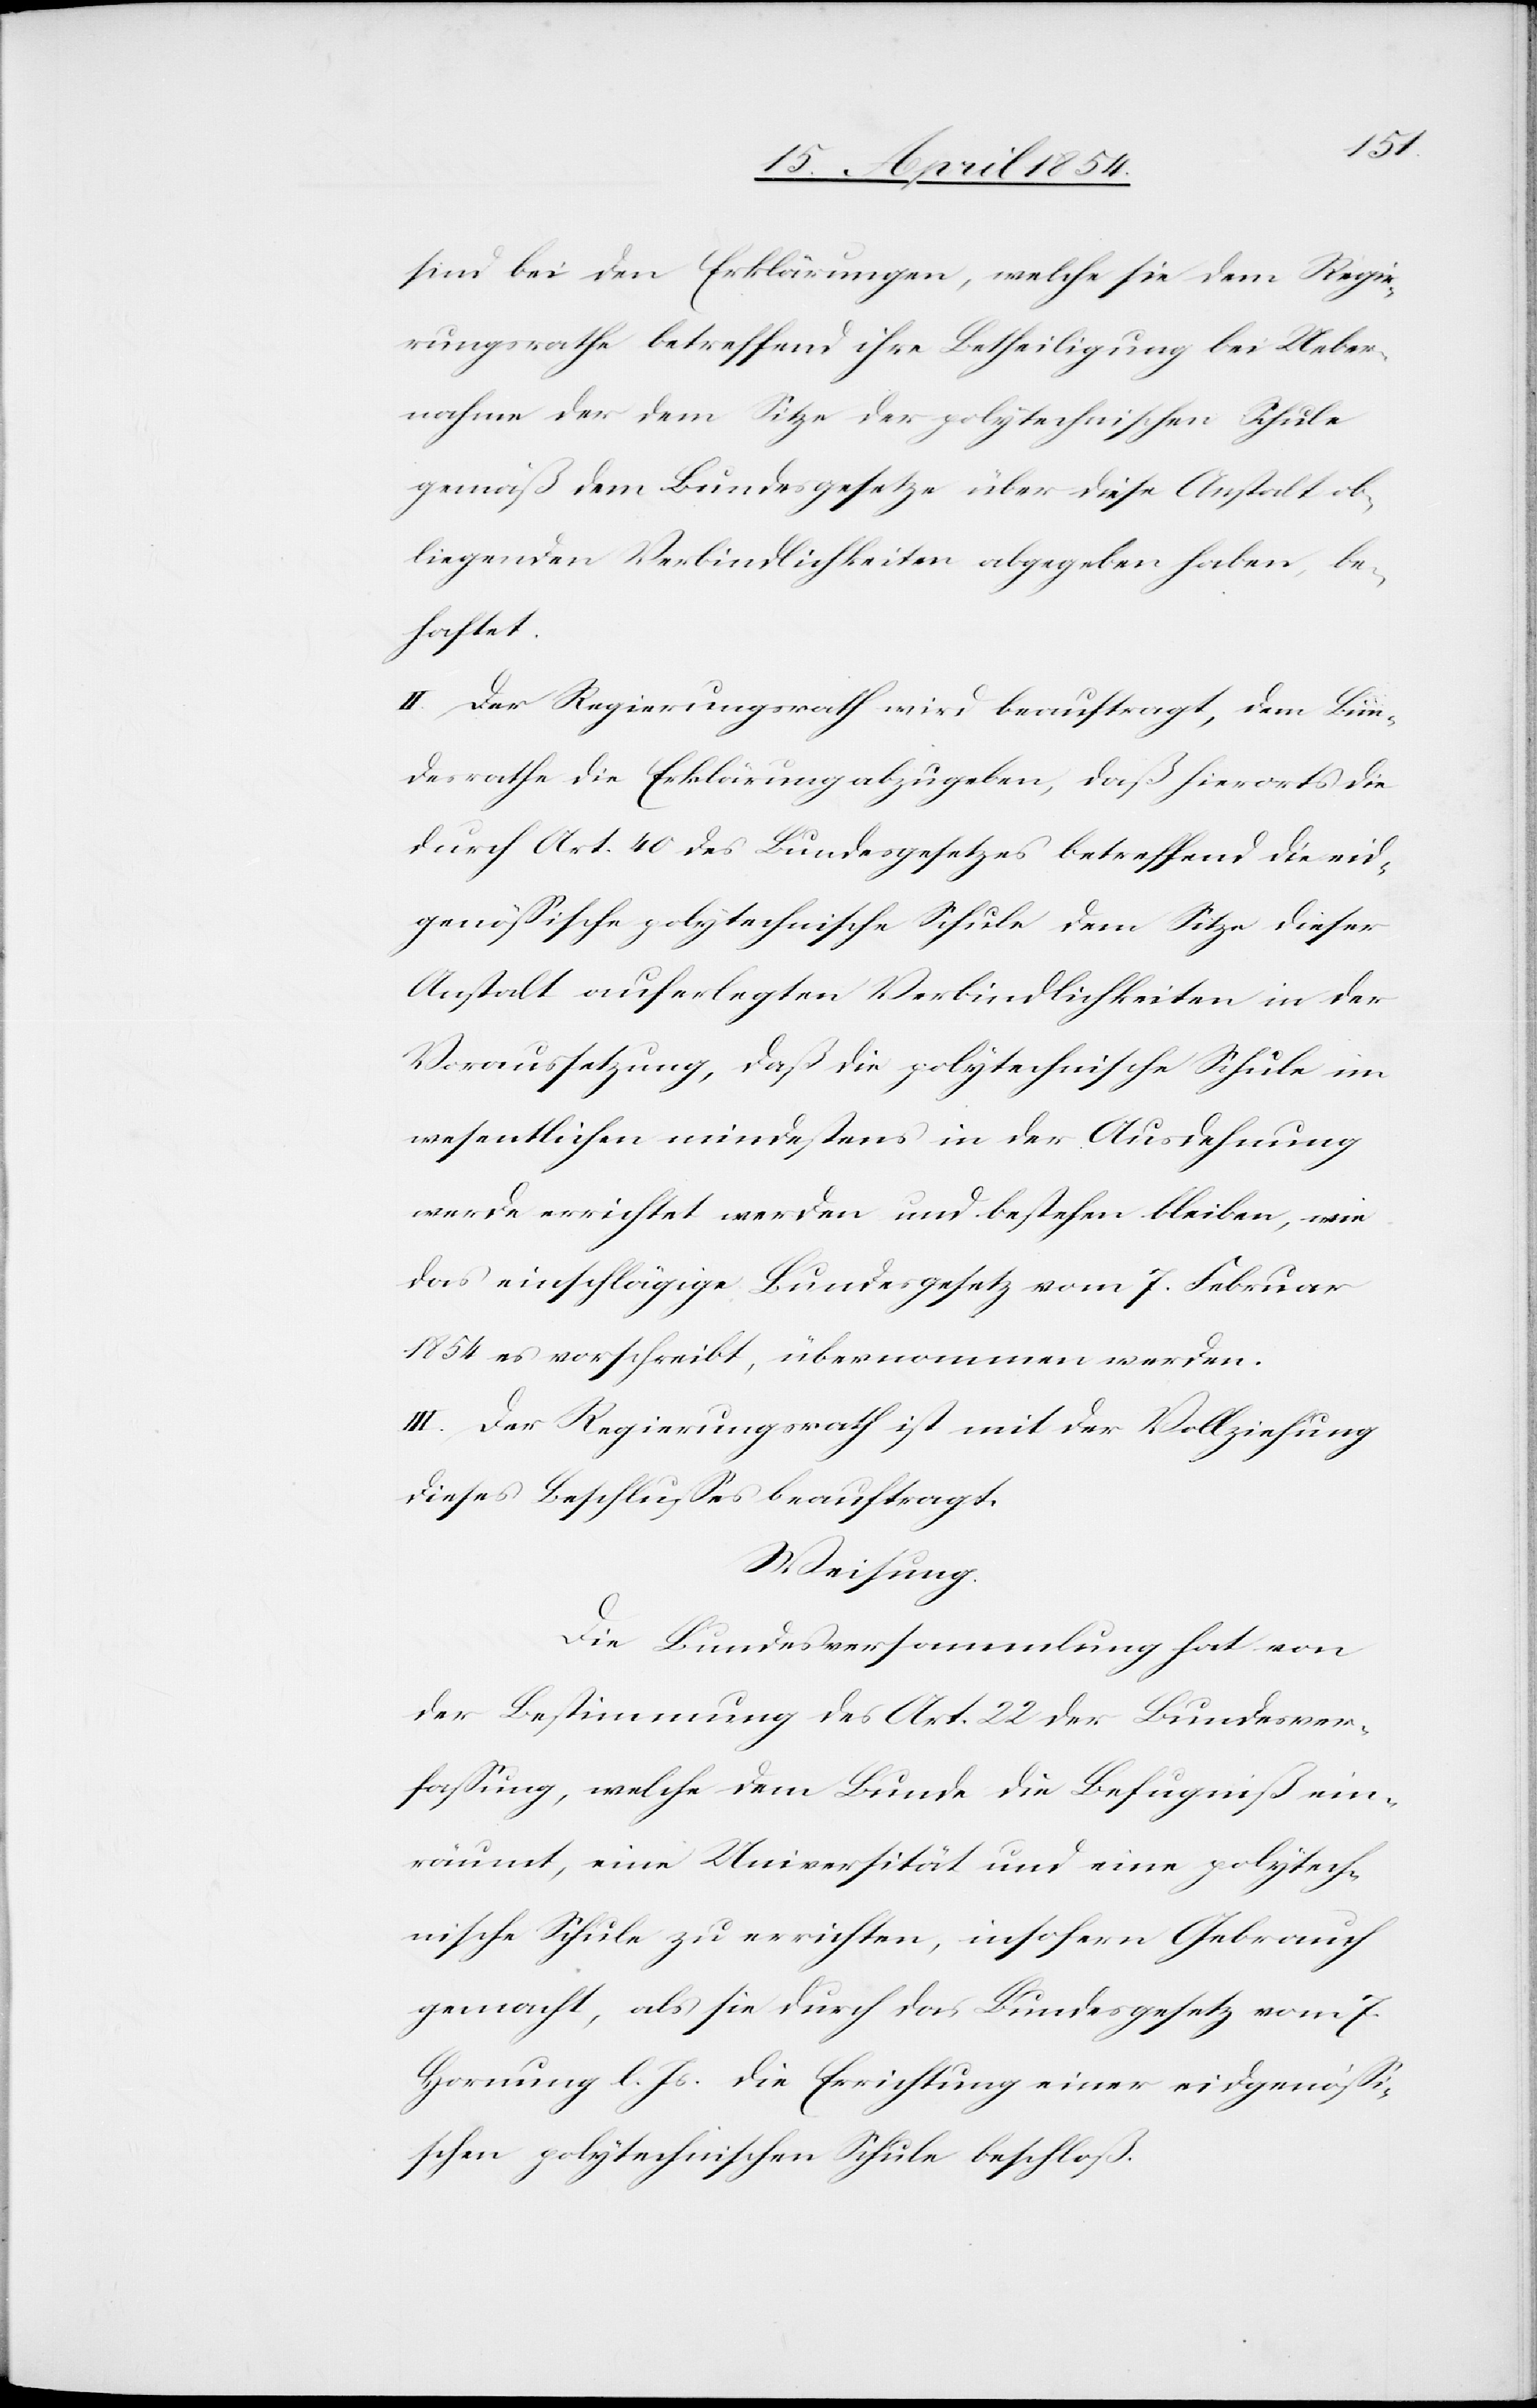
sind bei den Erklärungen, welche sie dem Regie¬
rungsrathe betreffend ihre Betheiligung bei Ueber¬
nahme der dem Sitze der polytechnischen Schule
gemäß dem Bundesgesetze über diese Anstalt ob¬
liegenden Verbindlichkeiten abgegeben haben, be¬
haftet.
II. Der Regierungsrath wird beauftragt, dem Bun¬
desrathe die Erklärung abzugeben, daß hierorts die
durch Art. 40 des Bundesgesetzes betreffend die eid¬
genößische polytechnische Schule dem Sitze dieser
Anstalt auferlegten Verbindlichkeiten in der
Voraussetzung, daß die polytechnische Schule im
wesentlichen mindestens in der Ausdehnung
errichtet werden und bestehen bleiben, wie
das einschlägige Bundesgesetz vom 7. Februar
1854 es vorschreibt, übernommen werden.
III. Der Regierungsrath ist mit der Vollziehung
dieses Beschlußes beauftragt.
Weisung.
Die Bundesversammlung hat von
der Bestimmung des Art. 22 der Bundesver¬
faßung, welche dem Bunde die Befugniß ein¬
räumt, eine Universität und eine polytech¬
nische Schule zu errichten, insofern Gebraucht
gemacht, als sie durch das Bundesgesetz vom 7.
Hornung l. Js die Errichtung einer eidgenößi¬
schen polytechnischen Schule beschloß.